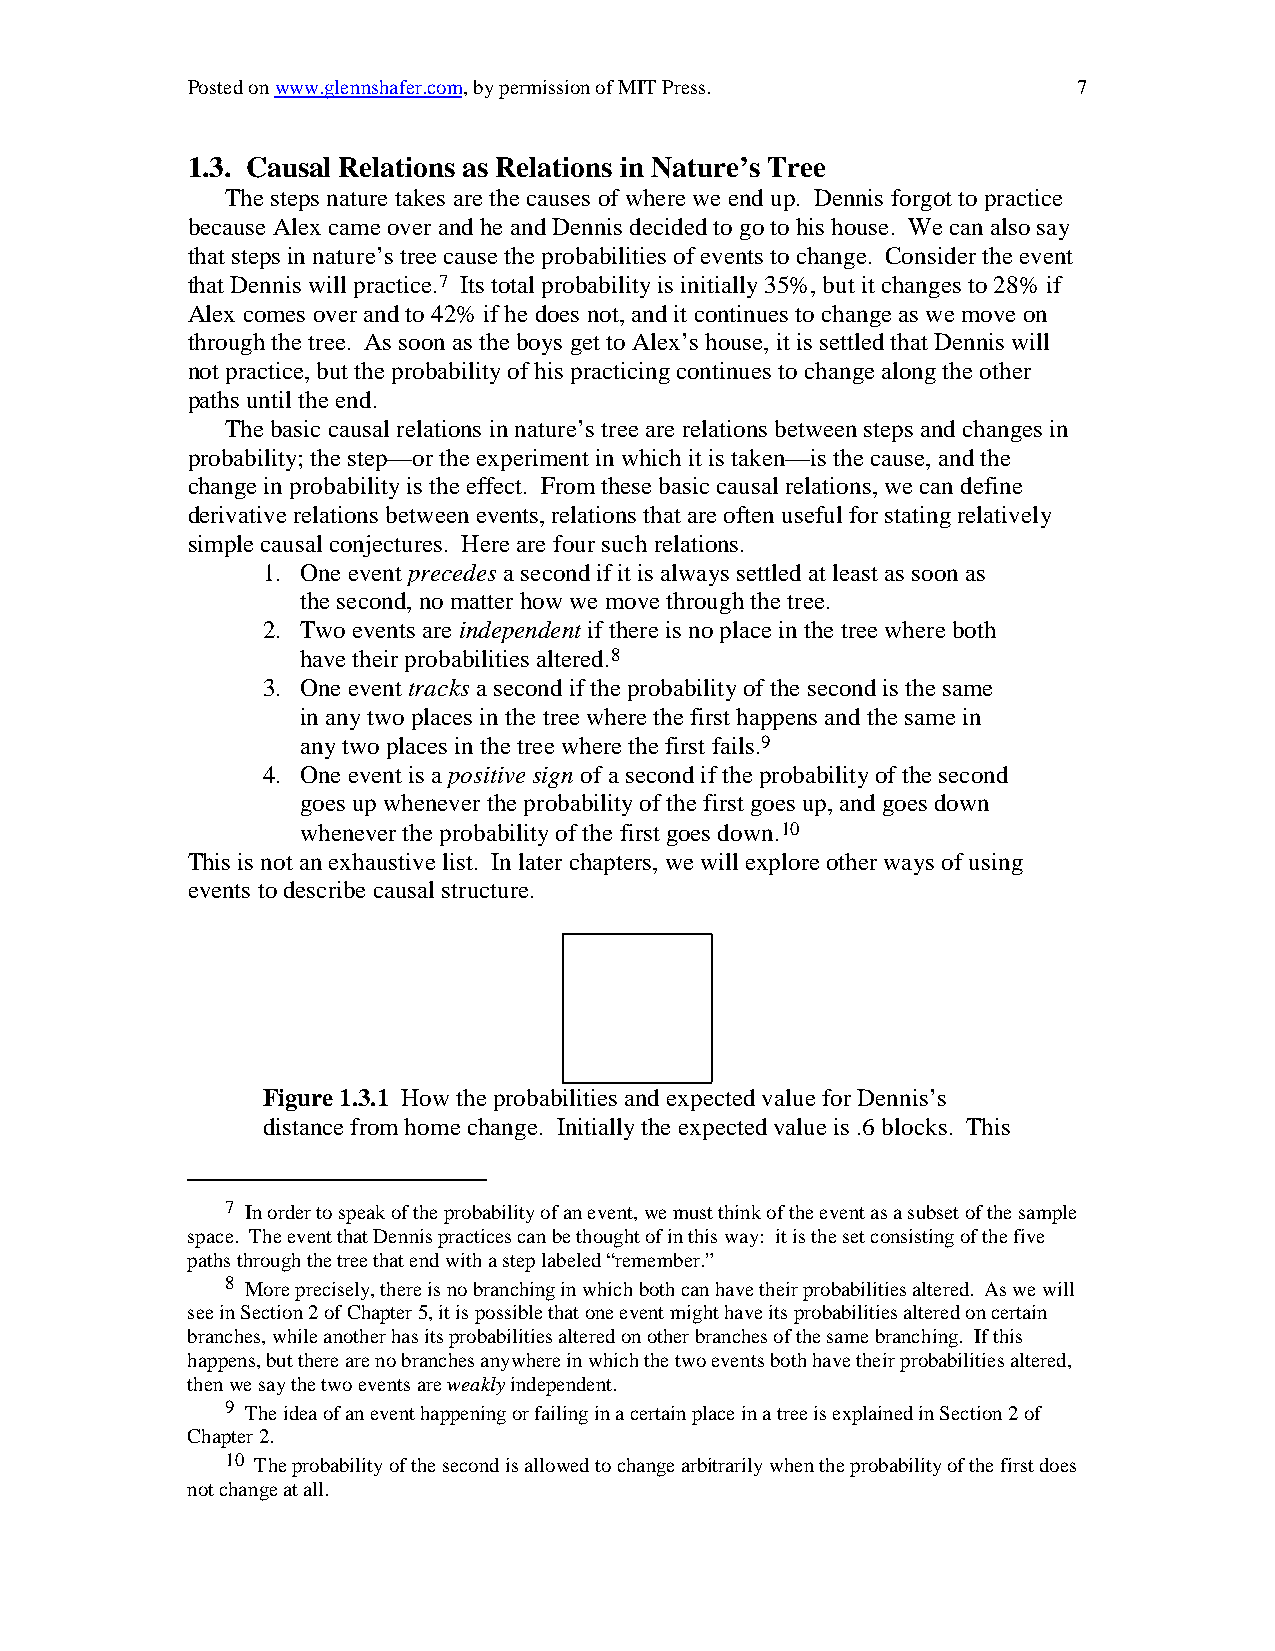
Posted on www.glennshafer.com, by permission of MIT Press. 7
 1.3. Causal Relations as Relations in Nature’s Tree
 The steps nature takes are the causes of where we end up. Dennis forgot to practice
 because Alex came over and he and Dennis decided to go to his house. We can also say
 that steps in nature’s tree cause the probabilities of events to change. Consider the event
 that Dennis will practice.7 Its total probability is initially 35%, but it changes to 28% if
 Alex comes over and to 42% if he does not, and it continues to change as we move on
 through the tree. As soon as the boys get to Alex’s house, it is settled that Dennis will
 not practice, but the probability of his practicing continues to change along the other
 paths until the end.
 The basic causal relations in nature’s tree are relations between steps and changes in
 probability; the step—or the experiment in which it is taken—is the cause, and the
 change in probability is the effect. From these basic causal relations, we can define
 derivative relations between events, relations that are often useful for stating relatively
 simple causal conjectures. Here are four such relations.
 1. One event precedes a second if it is always settled at least as soon as
 the second, no matter how we move through the tree.
 2. Two events are independent if there is no place in the tree where both
 have their probabilities altered.8
 3. One event tracks a second if the probability of the second is the same
 in any two places in the tree where the first happens and the same in
 any two places in the tree where the first fails.9
 4. One event is a positive sign of a second if the probability of the second
 goes up whenever the probability of the first goes up, and goes down
 whenever the probability of the first goes down.10
 This is not an exhaustive list. In later chapters, we will explore other ways of using
 events to describe causal structure.
 Figure 1.3.1 How the probabilities and expected value for Dennis’s
 distance from home change. Initially the expected value is .6 blocks. This
 7 In order to speak of the probability of an event, we must think of the event as a subset of the sample
 space. The event that Dennis practices can be thought of in this way: it is the set consisting of the five
 paths through the tree that end with a step labeled “remember.”
 8 More precisely, there is no branching in which both can have their probabilities altered. As we will
 see in Section 2 of Chapter 5, it is possible that one event might have its probabilities altered on certain
 branches, while another has its probabilities altered on other branches of the same branching. If this
 happens, but there are no branches anywhere in which the two events both have their probabilities altered,
 then we say the two events are weakly independent.
 9 The idea of an event happening or failing in a certain place in a tree is explained in Section 2 of
 Chapter 2.
 10 The probability of the second is allowed to change arbitrarily when the probability of the first does
 not change at all.